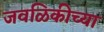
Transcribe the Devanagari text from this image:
जवळिकीच्या